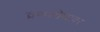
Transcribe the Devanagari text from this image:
व्रणशोथावर